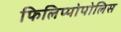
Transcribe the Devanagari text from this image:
फिलिप्पोपोलिस